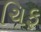
ચિફ